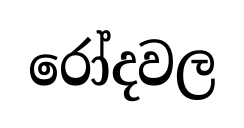
රෝදවල